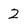
Character: 2